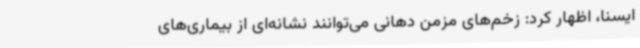
ایسنا، اظهار کرد: زخم‌های مزمن دهانی می‌توانند نشانه‌ای از بیماری‌های